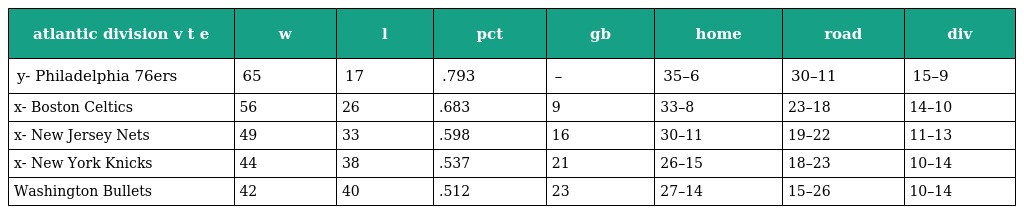
| atlantic division v t e | w | l | pct | gb | home | road | div |
 | --- | --- | --- | --- | --- | --- | --- | --- |
 | y- Philadelphia 76ers | 65 | 17 | .793 | – | 35–6 | 30–11 | 15–9 |
 | x- Boston Celtics | 56 | 26 | .683 | 9 | 33–8 | 23–18 | 14–10 |
 | x- New Jersey Nets | 49 | 33 | .598 | 16 | 30–11 | 19–22 | 11–13 |
 | x- New York Knicks | 44 | 38 | .537 | 21 | 26–15 | 18–23 | 10–14 |
 | Washington Bullets | 42 | 40 | .512 | 23 | 27–14 | 15–26 | 10–14 |